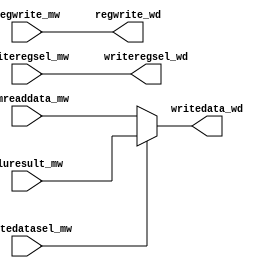
module write (
 // inputs from memory
 input [15:0] aluresult_mw,
 input [15:0] memreaddata_mw,
 input regwrite_mw,
 input [2:0] writeregsel_mw,
 input writedatasel_mw,
 // outputs to decode for writing to register
 output [2:0] writeregsel_wd,
 output [15:0] writedata_wd,
 output regwrite_wd
);

assign writeregsel_wd = writeregsel_mw;
assign regwrite_wd = regwrite_mw;

assign writedata_wd = (writedatasel_mw == 1'b0) ? memreaddata_mw : aluresult_mw;

endmodule